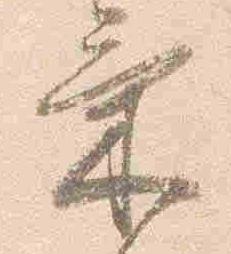
気